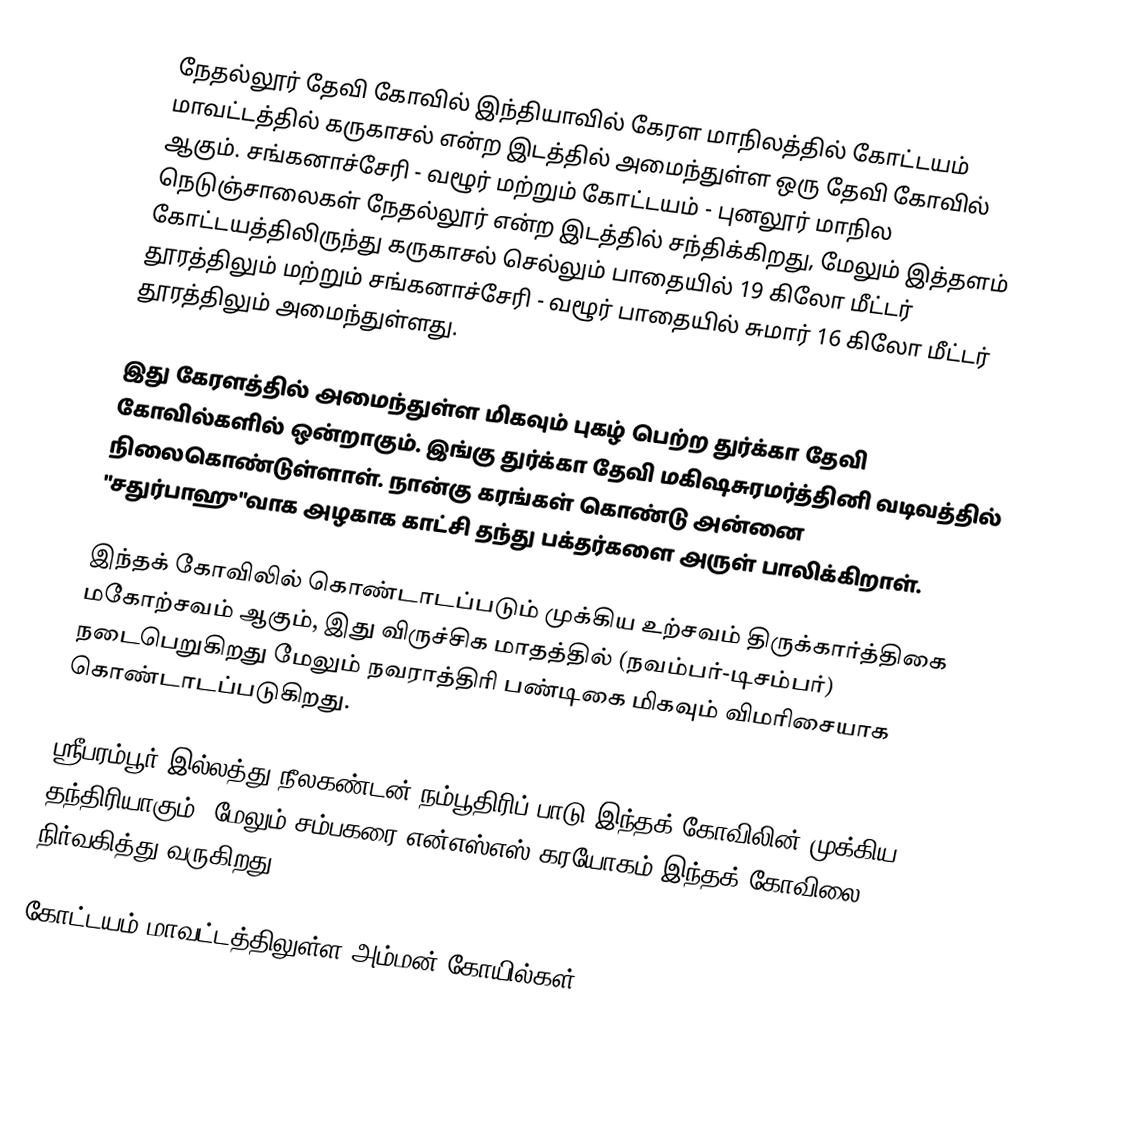
நேதல்லூர் தேவி கோவில் இந்தியாவில் கேரள மாநிலத்தில் கோட்டயம் மாவட்டத்தில் கருகாசல் என்ற இடத்தில் அமைந்துள்ள ஒரு தேவி கோவில் ஆகும். சங்கனாச்சேரி - வழூர் மற்றும் கோட்டயம் - புனலூர் மாநில நெடுஞ்சாலைகள் நேதல்லூர் என்ற இடத்தில் சந்திக்கிறது, மேலும் இத்தளம் கோட்டயத்திலிருந்து கருகாசல் செல்லும் பாதையில் 19 கிலோ மீட்டர் தூரத்திலும் மற்றும் சங்கனாச்சேரி - வழூர் பாதையில் சுமார் 16 கிலோ மீட்டர் தூரத்திலும் அமைந்துள்ளது.

இது கேரளத்தில் அமைந்துள்ள மிகவும் புகழ் பெற்ற துர்க்கா தேவி கோவில்களில் ஒன்றாகும். இங்கு துர்க்கா தேவி மகிஷசுரமர்த்தினி வடிவத்தில் நிலைகொண்டுள்ளாள். நான்கு கரங்கள் கொண்டு அன்னை "சதுர்பாஹு"வாக அழகாக காட்சி தந்து பக்தர்களை அருள் பாலிக்கிறாள்.

இந்தக் கோவிலில் கொண்டாடப்படும் முக்கிய உற்சவம் திருக்கார்த்திகை மகோற்சவம் ஆகும், இது விருச்சிக மாதத்தில் (நவம்பர்-டிசம்பர்) நடைபெறுகிறது மேலும் நவராத்திரி பண்டிகை மிகவும் விமரிசையாக கொண்டாடப்படுகிறது.

ஸ்ரீபரம்பூர் இல்லத்து நீலகண்டன் நம்பூதிரிப் பாடு இந்தக் கோவிலின் முக்கிய தந்திரியாகும். மேலும் சம்பகரை என்எஸ்எஸ் கரயோகம் இந்தக் கோவிலை நிர்வகித்து வருகிறது.

கோட்டயம் மாவட்டத்திலுள்ள அம்மன் கோயில்கள்